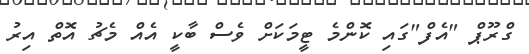
ގްރޫޕް "އެފް"ގައި ކޮންމެ ޓީމަކަށް ވެސް ބާކީ އެއް މެޗު އޮތް އިރު